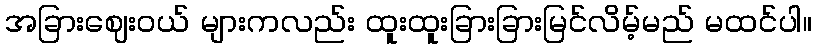
အခြားဈေးဝယ် များကလည်း ထူးထူးခြားခြားမြင်လိမ့်မည် မထင်ပါ။